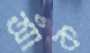
আঁক